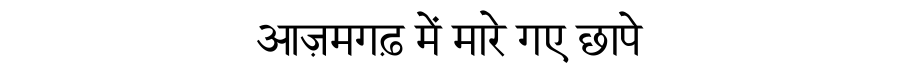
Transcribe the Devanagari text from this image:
आज़मगढ़ में मारे गए छापे